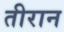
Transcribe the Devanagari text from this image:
तीरान